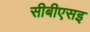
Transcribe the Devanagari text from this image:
सीबीएसइ